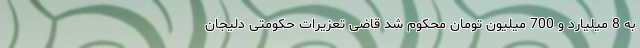
به 8 میلیارد و 700 میلیون تومان محکوم شد قاضی تعزیرات حکومتی دلیجان